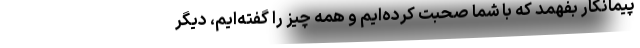
پیمانکار بفهمد که با شما صحبت کرده‌ایم و همه چیز را گفته‌ایم، دیگر